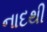
નાદથી